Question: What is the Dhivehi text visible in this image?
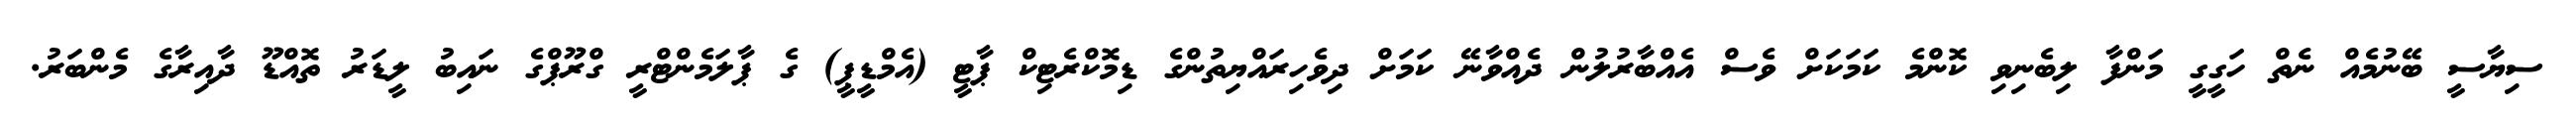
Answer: ސިޔާސީ ބޭނުމެއް ނެތް ހަގީގީ މަންފާ ލިބެނިވި ކޮންމެ ކަމަކަށް ވެސް އެއްބާރުލުން ދެއްވާނޭ ކަމަށް ދިވެހިރައްޔިތުންގެ ޑިމޮކްރެޓިކް ޕާޓީ (އެމްޑީޕީ) ގެ ޕާލަމެންޓްރީ ގްރޫޕްގެ ނައިބު ލީޑަރު ތޮއްޑޫ ދާއިރާގެ މެންބަރު.